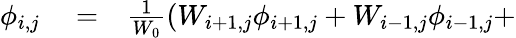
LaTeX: \begin{array}{rlr}{\phi_{i,j}}&{{}=}&{\frac{1}{W_{0}}\left(W_{i+1,j}\phi_{i+1,j}+W_{i-1,j}\phi_{i-1,j}+\right.}\end{array}